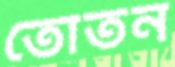
তোতন